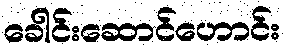
ခေါင်းဆောင်ဟောင်း